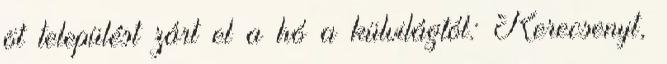
öt települést zárt el a hó a külvilágtól: Kerecsenyt,